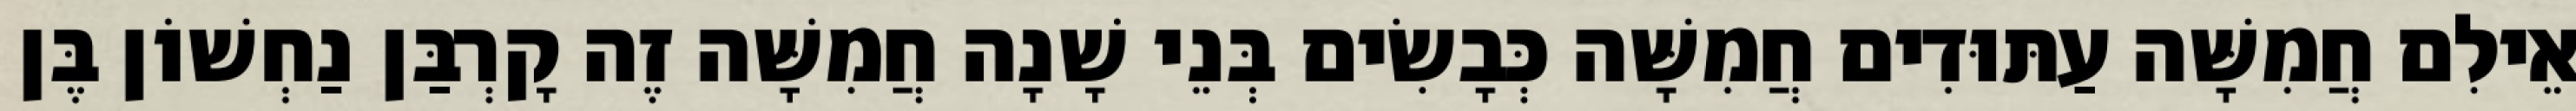
אֵילִם חֲמִשָּׁה עַתּוּדִים חֲמִשָּׁה כְּבָשִׂים בְּנֵי שָׁנָה חֲמִשָּׁה זֶה קָרְבַּן נַחְשׁוֹן בֶּן